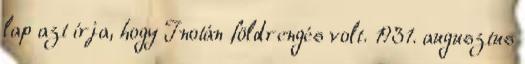
lap azt írja, hogy Inotán földrengés volt. 1931. augusztus